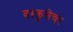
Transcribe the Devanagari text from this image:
वस्कुलेचर